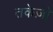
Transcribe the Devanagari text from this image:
तकेज़ो